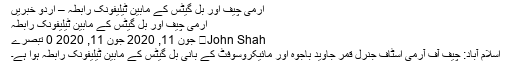
آرمی چیف اور بل گیٹس کے مابین ٹیلیفونک رابطہ – اردو خبریں
آرمی چیف اور بل گیٹس کے مابین ٹیلیفونک رابطہ
John Shah	 جون 11, 2020 جون 11, 2020 0 تبصرے
اسلام آباد: چیف آف آرمی اسٹاف جنرل قمر جاوید باجوہ اور مائیکروسوفٹ کے بانی بل گیٹس کے مابین ٹیلیفونک رابطہ ہوا ہے۔